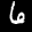
Label: 6